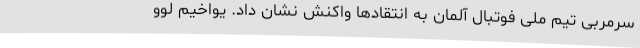
سرمربی تیم ملی فوتبال آلمان به انتقادها واکنش نشان داد. یواخیم لوو